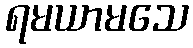
ရမယာမသေ